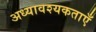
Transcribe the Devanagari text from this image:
अध्यावश्यकताएँ